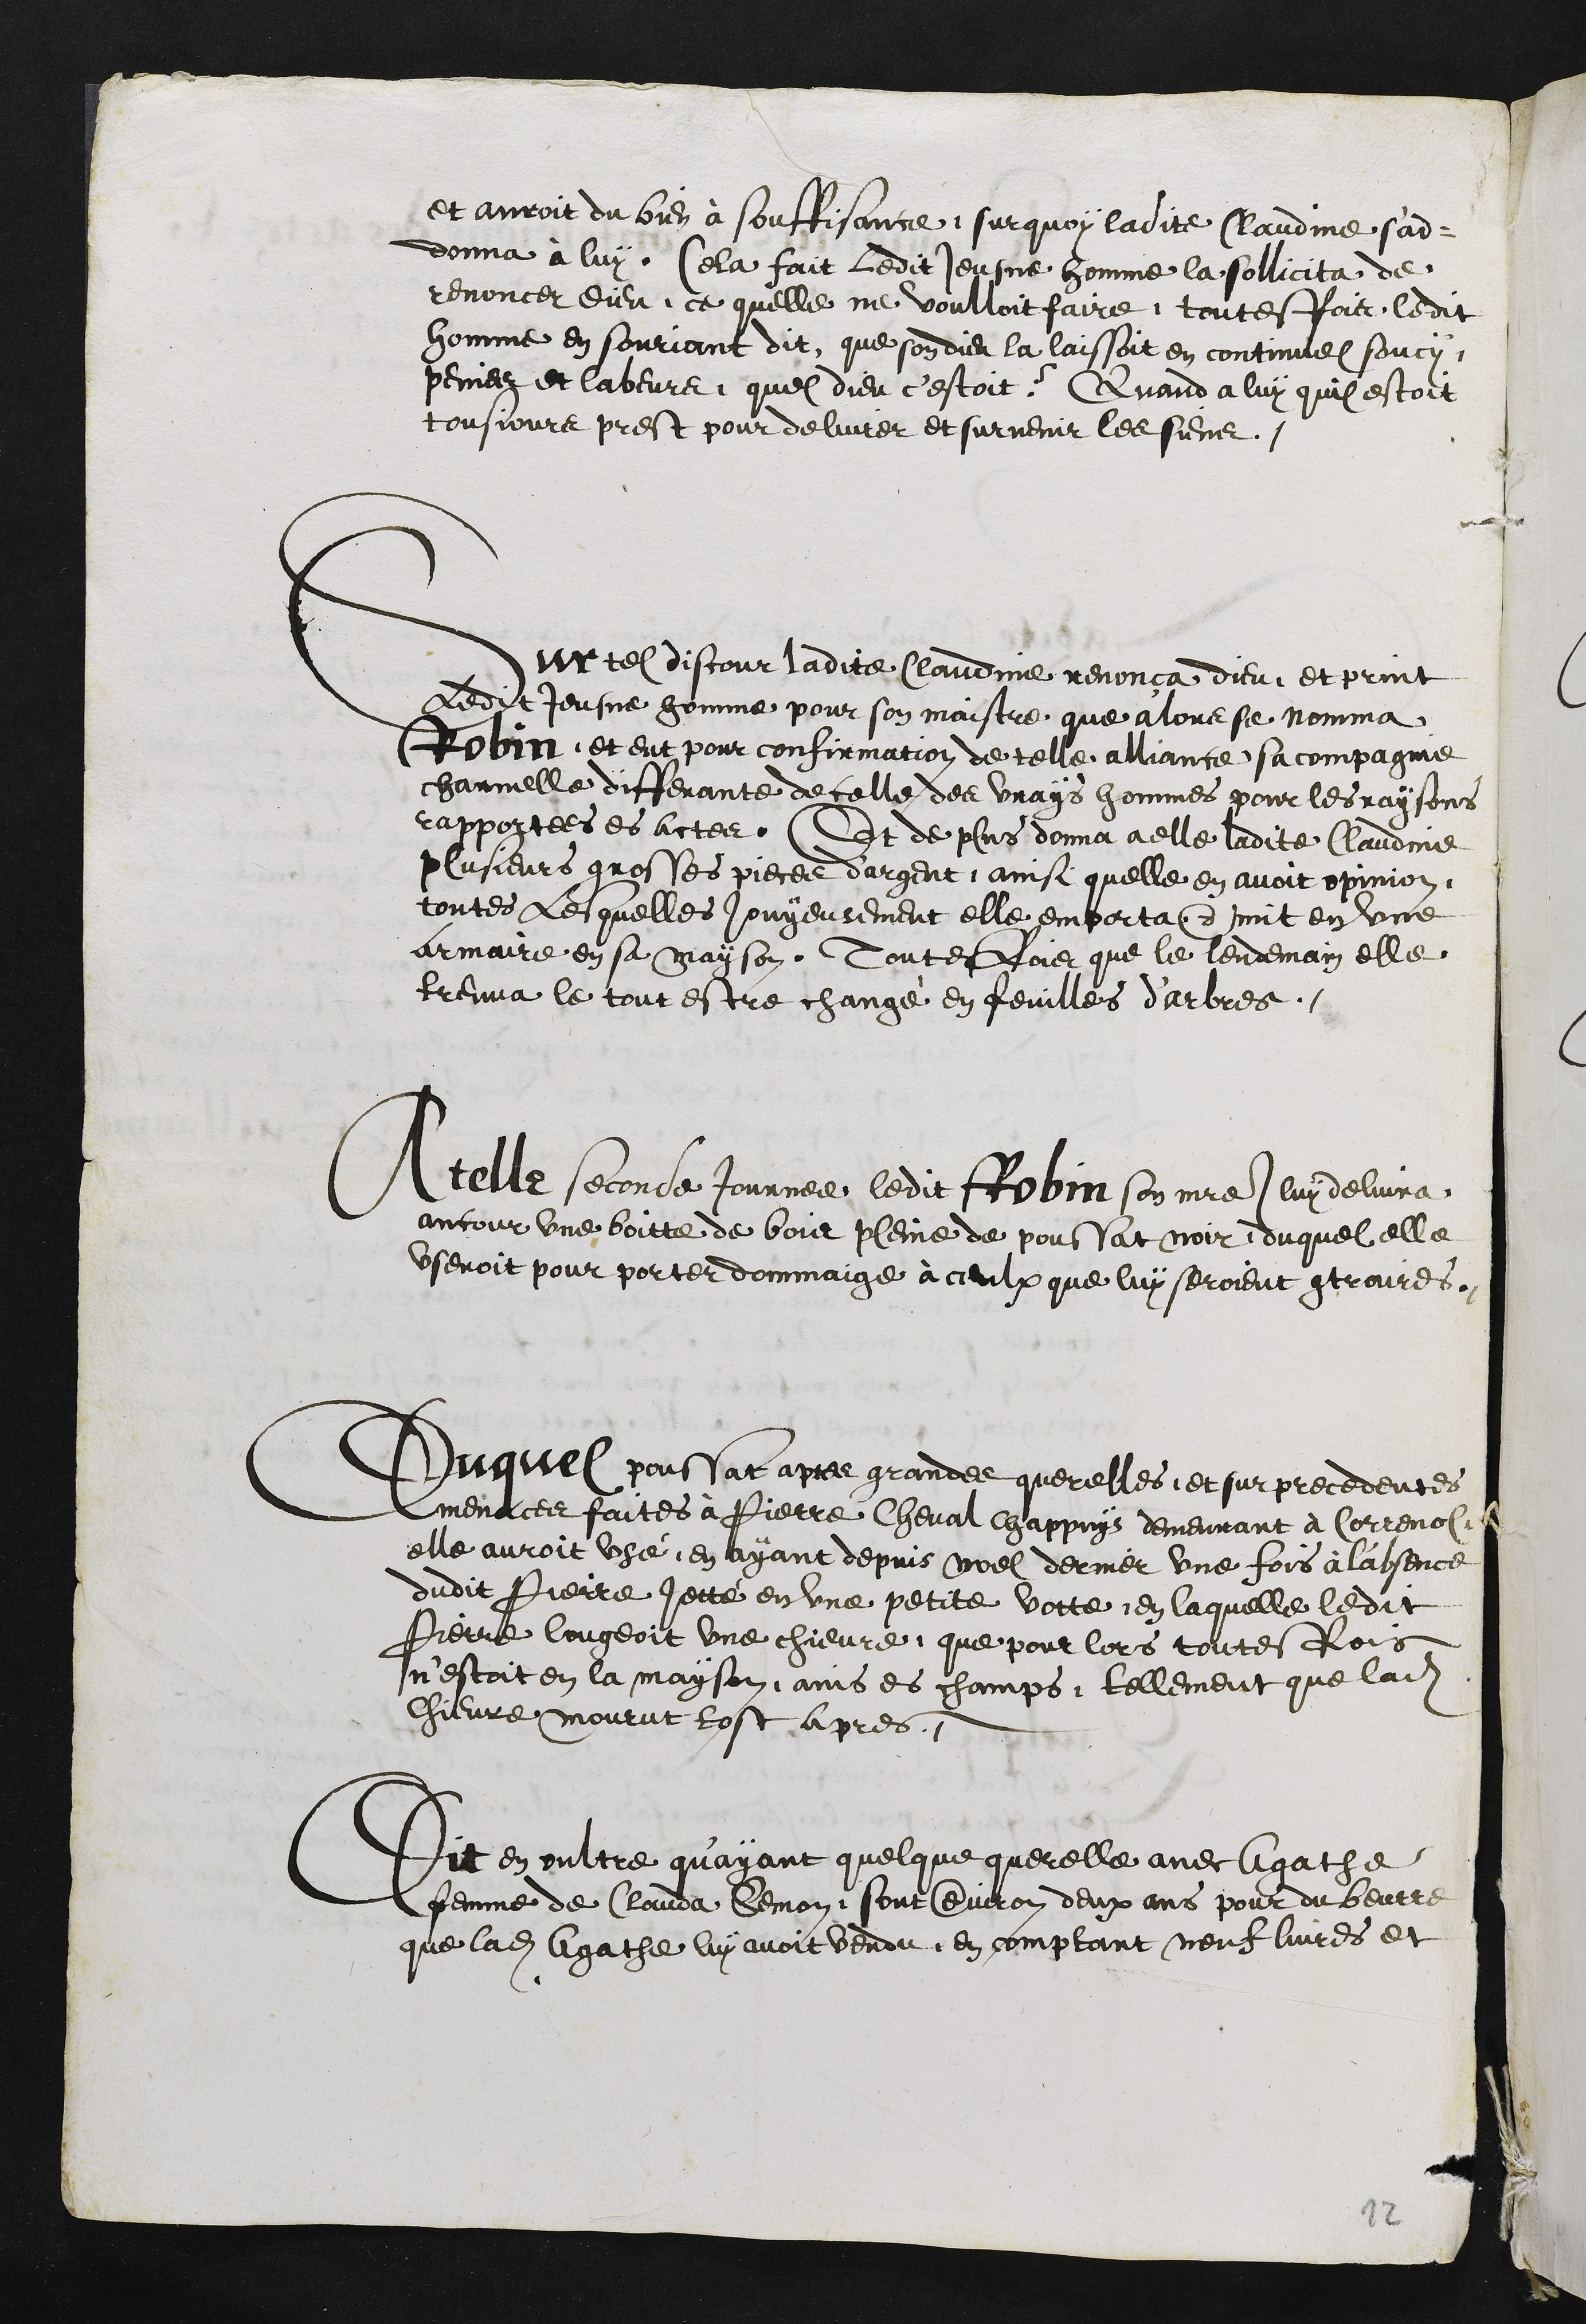
et auroit du bien à souffissance, sur quoy ladite Claudine s'ad¬
donna à luy. Cela fait ledit Jeusne homme la sollicita de
renoncer Dieu, ce quelle ne voulloit faire, touteffois ledit
homme en souriant dit que son dieu la laissoit en continuel soucy
peines et labeurs, quel dieu cestoit ? Quand a luy quil estoit
tousjours prest pour delivrer et survenir les siens.
Sur tel discour ladite Claudine renonça dieu et print
ledit Jeusne homme pour son maistre que alors se nomma
Robin et eut pour confirmation de telle alliance sa compagnie
charnelle differante de celle des vrays hommes pour les raysons
rapportees es actes, Et de plus donna a elle ladite Claudine
plusieurs grosses pieces d'argent, ainsi quelle en avoit opinion,
toutes lequelles jouyeusement elle emporta & mit en une
armaire en sa mayson. Toutesfois que le lendemain elle
treuva le tout estre changé en feuilles d’arbres.
A telle seconde Journe, ledit Robin son maitre luy delivra
ancour une boitte de bois pleine de poussat noir, duquel elle
useroit pour porter domaige à ceulx que luy seroient contraires.
Duquel poussat apres grande querelles et surprecedentes
menaces faites à Pierre Cheval chappuys demeurant à Correnol
elle auroit usé, en ayant depuis noel dernier une fois à l'absence
dudit Pierre Jetté en une petite votte, en laquelle ledit
Pierre lougeoit une chievre que pour lors toutesfois
n'estoit en la mayson, ains es champs, tellement que ladite
Chievre mourut tost apres
Dit en oultre qu'ayant quelque querelle avec Agathe
femme de Clauda Semon, sont environ deux ans pour du beurre
que ladite Agathe luy avoit vendu en comptant neuf livres et

12